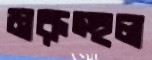
মরুস্হল